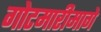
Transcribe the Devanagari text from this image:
गोटमारीमागे